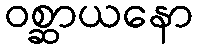
ဝစ္ဆာယနော